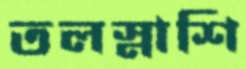
তলস্নাশি